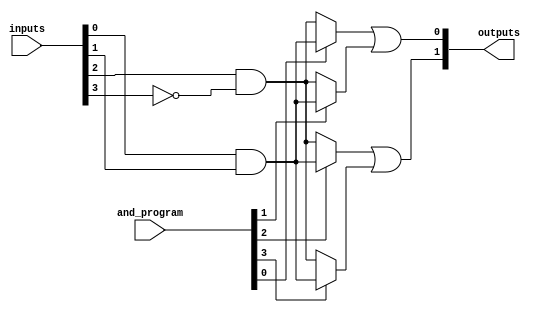
module SPAL #(
    parameter n = 4,  // Number of input lines
    parameter m = 4,  // Number of AND gates
    parameter p = 2   // Number of OR gates
)(
    input [n-1:0] inputs,           // Input lines
    input [m-1:0] and_program,      // Programming signals for AND gates
    output reg [p-1:0] outputs       // Output lines
);

    // Internal wires for AND gate outputs
    wire [m-1:0] and_outputs;

    // Programmable AND gates
    genvar i;
    generate
        for (i = 0; i < m; i = i + 1) begin : and_gate
            // Each AND gate can take inputs based on the programming signals
            assign and_outputs[i] = (and_program[i] == 1'b1) ? 
                                      (inputs[0] & inputs[1]) :  // Example: AND of inputs 0 and 1
                                      (inputs[2] & ~inputs[3]); // Example: AND of inputs 2 and NOT 3
        end
    endgenerate

    // Fixed OR gates
    always @(*) begin
        // Example: Fixed OR logic combining AND gate outputs
        outputs[0] = and_outputs[0] | and_outputs[1]; // OR gate 0
        outputs[1] = and_outputs[2] | and_outputs[3]; // OR gate 1
    end

endmodule